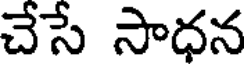
చేసే సాధన